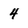
Character: 4